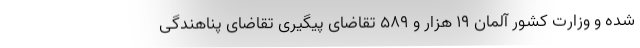
شده و وزارت کشور آلمان ۱۹ هزار و ۵۸۹ تقاضای پیگیری تقاضای پناهندگی